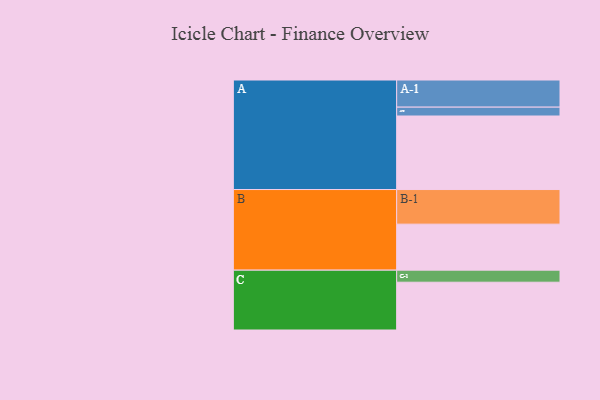
{"axis": {"x": "Segment", "y": "Value"}, "legend": ["", "A", "B", "C"], "data": [{"x": "A", "y": 580, "type": ""}, {"x": "B", "y": 363, "type": ""}, {"x": "C", "y": 377, "type": ""}, {"x": "A-1", "y": 214, "type": "A"}, {"x": "A-2", "y": 70, "type": "A"}, {"x": "B-1", "y": 273, "type": "B"}, {"x": "C-1", "y": 95, "type": "C"}]}